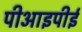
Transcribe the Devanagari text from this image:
पीआइपीई